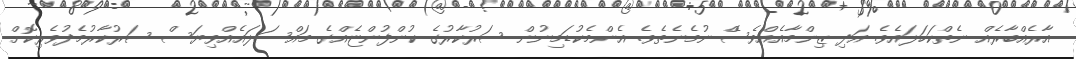
އާރެއްބާރެއް ނެތްކަހަލައެވެ. އަދި ޒިންމާއެއްވެސެް ނުމެނެތެވެ. އެންމެކުޑަމިނުން ސަރުކާރުގެ ކުންފުންޏެއްގެ މައްސަލައެއްވިޔަސް ސަރުކާރުމެދުވެރިކޮށް